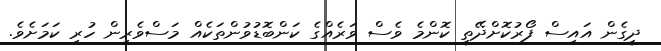
ދީގެން އައިސް ފޯރުކޮށްދޭތީ ކޮންމެ ވެސް ވަރެއްގެ ކަންބޮޑުވުންތަކެއް މަސްވެރިން ހުރި ކަމަށެވެ.